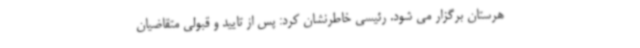
هرستان برگزار می شود. رئیسی خاطرنشان کرد: پس از تایید و قبولی متقاضیان